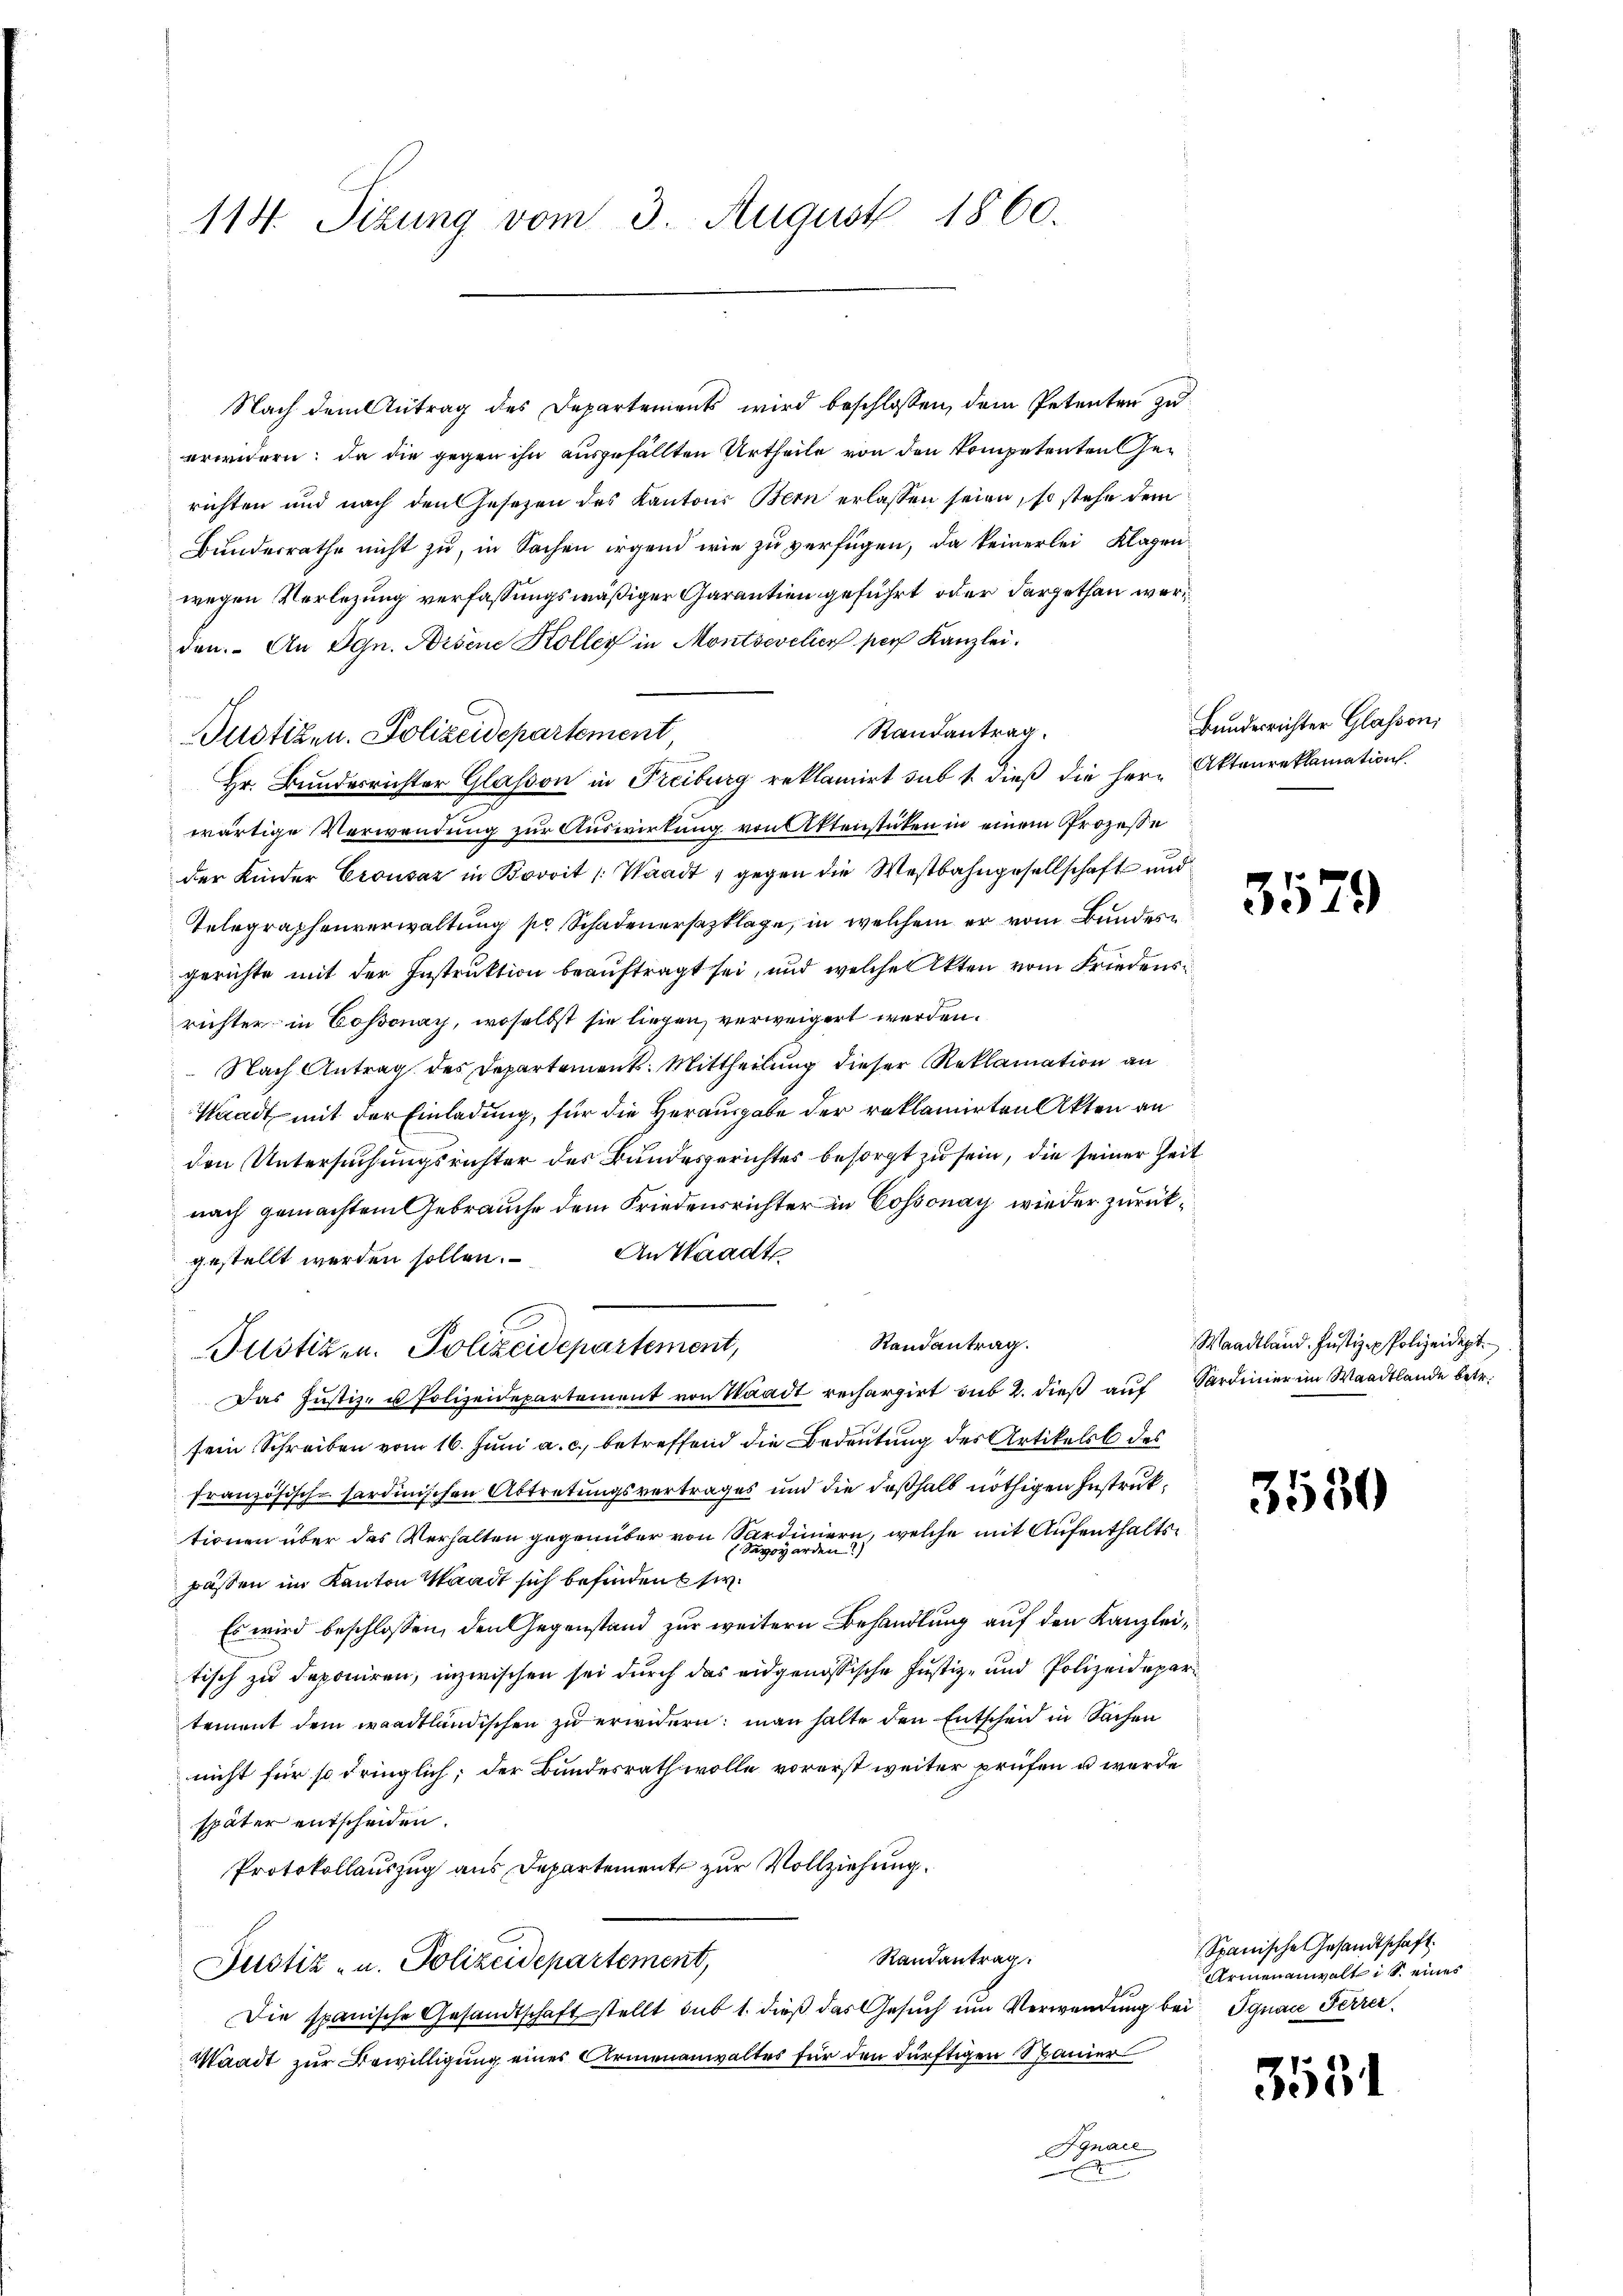
114. Sizung vom 3. August 1860.

Nach dem Antrag des Departements wird beschlossen, dem Petenten zu
erwidern: da die gegen ihn ausgefällten Urtheile von den kompetenten Gerichten und nach den Gesetzen des Kantons Bern erlassen seien, so stehe dem
Bundesrathe nicht zu, in Sachen irgend wie zu verfügen, da keinerlei Klagenwegen Verlegung verfassungsmäßiger Garantien geführt oder dargethan werden. An Dyn. Arsene Kolleg in Montsevelich per Kanzlei.
Randantrag.
Justizen. Polizeidepartement
Hr. Bunderrichter Glason in Freiburg reklamirt sub 1. dieß die Herr Aktenreklamation
wärtige Verwendung zur Auswirkung von Aktenstücken in einem Prozesse
der Kinder Crousaz in Bot Waadt, gegen die Westbahngesellschaft und
Telegraphenverwaltung pr. Schadenersazklage, in welchem er vom Bundesgerichte mit der Instruktion beauftragt sei, und welche Akten vom Friedensrichter in Cossonay, woselbst sie liegen, verweigert werden.
 Nach Antrag des Departement: Mittheilung dieser Reklamation an
Waadt mit der Einladung, für die Herausgabe der reklamirten Akten an
den Untersuchungsrichter des Bundesgerichtes besorgt zu sein, die seiner Zeit
nach gemachtem Gebrauche dem Friedensrichter in Cossonay wieder zurückgestellt werden sollen. An Waadt
Randantrag.
Justizen. Polizeidepartement,
Das Justiz- u Polizeidepartement von Staadt rechargirt sub 2. dieß auf Sardinier im Waadtlande betr.
sein Schreiben vom 16. Juni a. c. betreffend die Bedeutung des Artikels des
französisch-sardinischen Abtretungsvertrages und die deßhalb nöthigen Instruktionen über das Verhalten gegenüber von Sardiniern, welche mit Aufenthaltspässen im Kanton Waadt sich befinden si
Es wird beschlossen, den Gegenstand zur weitern Behandlung auf den Kanzleitisch zu deponiren, inzwischen sei durch das eidgenössische Justiz- und Polizeidepartement dem waadtländischen zu erwidern: man halte den Entscheid in Sachen
nicht für so dringlich; der Bundesrath wolle vorerst weiter prüfen u werde
später entscheiden.
Protokollauszug aus Departement zur Vollziehung.
Randantrag.
Justiz- u. Polizeidepartement,
Die spanische Gesandtschaft stellt sub 1. dieß das Gesuch um Verwendung bei Ignace Ferrer
Waadt zur Bewilligung eines Armenanwaltes für den dürftigen Spanier
Jgnace
x

Bundesrichter Glassen,

3579

Waadtland. Justiz & Polizeidept.

3550

Spanische Gesandtschaft.
Armenanwaltis eines

3531